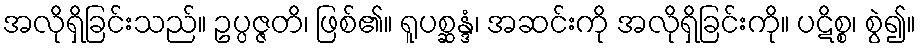
အလိုရှိခြင်းသည်။ ဥပ္ပဇ္ဇတိ၊ ဖြစ်၏။ ရူပစ္ဆန္ဒံ၊ အဆင်းကို အလိုရှိခြင်းကို။ ပဋိစ္စ၊ စွဲ၍။